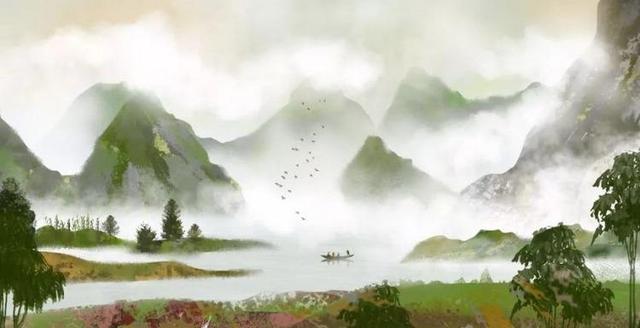
蓟庭萧瑟故人稀，何处登高且送归。